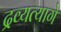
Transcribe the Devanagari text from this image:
द्रव्यत्यागे